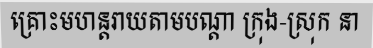
គ្រោះមហន្តរាយតាមបណ្តា ក្រុង-ស្រុក នា